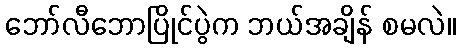
ဘော်လီဘောပြိုင်ပွဲက ဘယ်အချိန် စမလဲ။